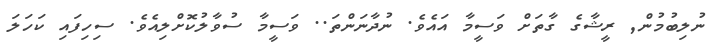
ނުލިބުމުން